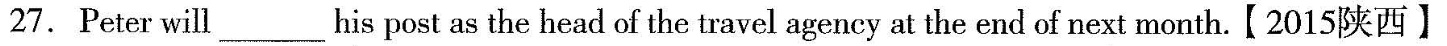
27.Peter will ___ his post as the head of the travel agency at the end of next month.【2015陕西】